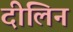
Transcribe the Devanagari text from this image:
दीलिन